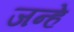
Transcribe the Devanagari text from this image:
जन्हे